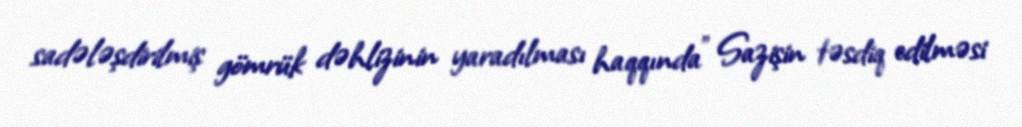
sadələşdirilmiş gömrük dəhlizinin yaradılması haqqında” Sazişin təsdiq edilməsi